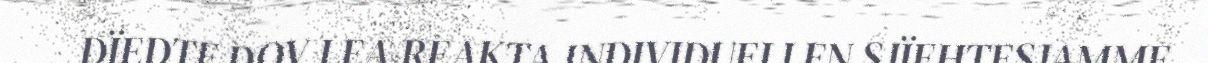
DÏEDTE DOV LEA REAKTA INDIVIDUELLEN SJÏEHTESJAMME